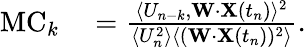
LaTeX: \begin{array}{rl}{\mathrm{MC}_{k}}&{{}=\frac{\langle U_{n-k},\mathbf{W}\cdot\mathbf{X}(t_{n})\rangle^{2}}{\langle U_{n}^{2}\rangle\langle(\mathbf{W}\cdot\mathbf{X}(t_{n}))^{2}\rangle}.}\end{array}